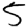
Digit: 5